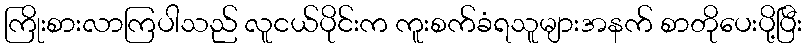
ကြိုးစားလာကြပါသည် လူငယ်ပိုင်းက ကူးစက်ခံရသူများအနက် စာတိုပေးပို့ပြီး